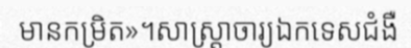
មានកម្រិត»។សាស្ត្រាចារ្យឯកទេសជំងឺ